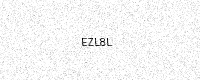
Text: EZL8L